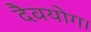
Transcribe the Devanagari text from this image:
दैवयोग।